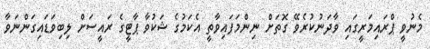
މެނުވީ ޕްރައިމަރީގައި ވާދަނުކުރެވޭ ގޮތަށް ނިންމަފައިވާތީ އެކަމުގެ ޝަކުވާ ޕާޓީގެ ރައީސަށް ލިބިވަޑައިގަންނަވާ